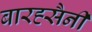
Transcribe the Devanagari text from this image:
बारह्सैनी